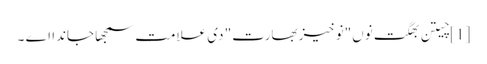
[1] چیتن بھگت نوں"نوخیز بھارت" دی علامت سمجھا جاندا اے ۔